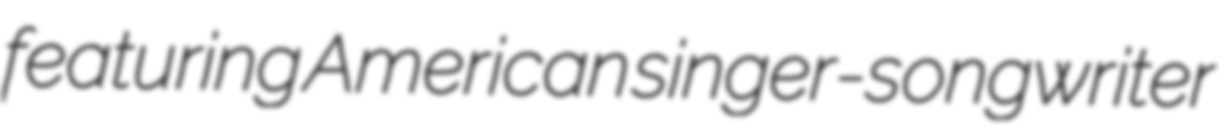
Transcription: featuring American singer-songwriter